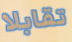
تقابلا